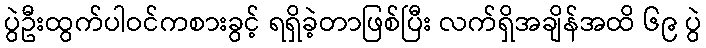
ပွဲဦးထွက်ပါဝင်ကစားခွင့် ရရှိခဲ့တာဖြစ်ပြီး လက်ရှိအချိန်အထိ ၆၉ ပွဲ